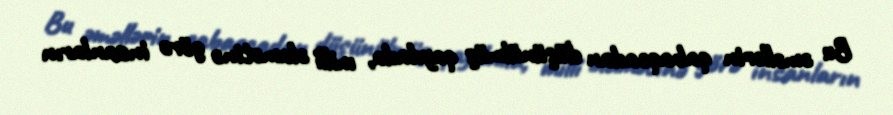
Bu əməllərin qabaqcadan düşünülmüş qaydada, milli əlamətinə görə insanların